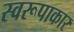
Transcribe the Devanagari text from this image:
स्वरूपाकार